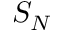
S _ { N }